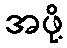
အဖို့